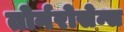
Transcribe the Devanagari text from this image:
तोर्नरोसेन्स